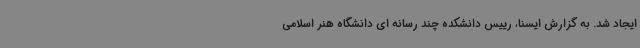
ایجاد شد. به گزارش ایسنا، رییس دانشکده چند رسانه ای دانشگاه هنر اسلامی